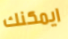
ايمكنك